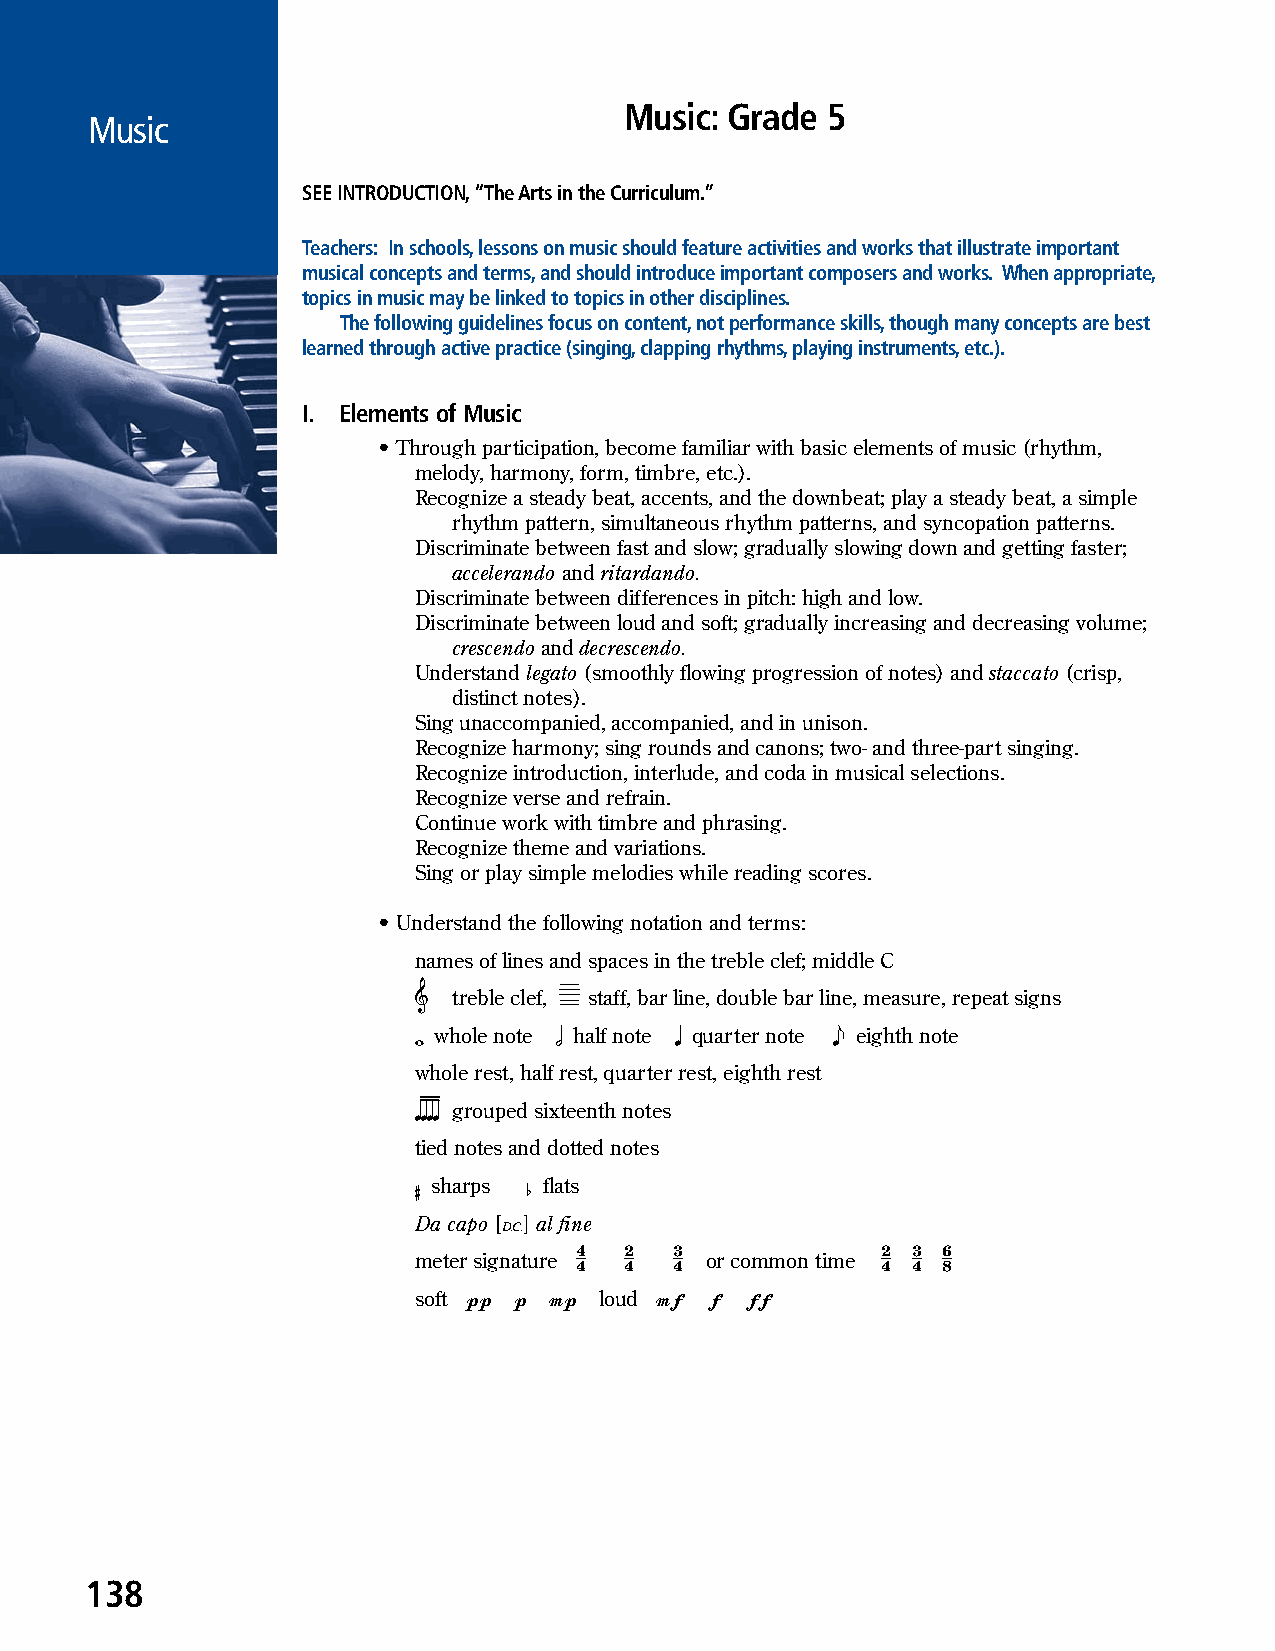
Music: Grade  5
 Music
 SEE INTRODUCTION, “The Arts in the Curriculum.”
 Teachers: In schools, lessons on music should feature activities and works that illustrate important
 musical concepts and terms, and should introduce important composers and works. When appropriate,
 topics in music may be linked to topics in other disciplines.
 The following guidelines focus on content, not performance skills, though many concepts are best
 learned through active practice (singing, clapping rhythms, playing instruments, etc.).
 I. Elements of Music
 • Through participation, become familiar with basic elements of music (rhythm,
 melody, harmony, form, timbre, etc.).
 Recognize a steady beat, accents, and the downbeat; play a steady beat, a simple
 rhythm pattern, simultaneous rhythm patterns, and syncopation patterns.
 Discriminate between fast and slow; gradually slowing down and getting faster;
 accelerando and ritardando.
 Discriminate between differences in pitch: high and low.
 Discriminate between loud and soft; gradually increasing and decreasing volume;
 crescendo and decrescendo.
 Understand legato (smoothly flowing progression of notes) and staccato (crisp,
 distinct notes).
 Sing unaccompanied, accompanied, and in unison.
 Recognize harmony; sing rounds and canons; two- and three-part singing.
 Recognize introduction, interlude, and coda in musical selections.
 Recognize verse and refrain.
 Continue work with timbre and phrasing.
 Recognize theme and variations.
 Sing or play simple melodies while reading scores.
 • Understand the following notation and terms:
 names of lines and spaces in the treble clef; middle C
 𝄞  treble clef, staff, bar line, double bar line, measure, repeat signs
 𝅝 whole note 𝅗𝅥 half note 𝅘𝅥 quarter note 𝅘𝅥𝅮 eighth note
 whole rest, half rest, quarter rest, eighth rest
 𝅘𝅥𝅘𝅥𝅘𝅥𝅘𝅥 grouped sixteenth notes
 tied notes and dotted notes
 ♯ sharps ♭ flats
 𝄊
 Da capo [ ] al fine
 meter signature
 44  24 34
 or common time
 42 43 86
 𝆏𝆏 𝆏 𝆐𝆏     𝆐𝆑  𝆑 𝆑𝆑
 soft         loud
 138